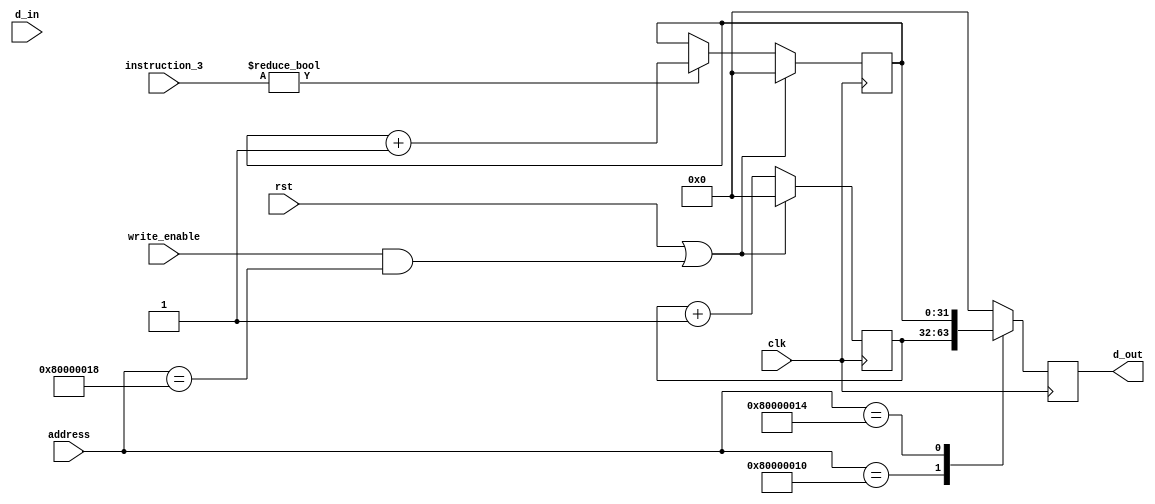
module cycle_counter(
	input clk,
	input rst,
	input [31:0] instruction_3,
	input [31:0] address,
	input write_enable,
	input [31:0] d_in,
	output [31:0] d_out

	);


	reg [31:0] cycle_count;
	reg [31:0] instruction_count;

	always @(posedge clk) begin
		if (rst | (write_enable & (address == 32'h80000018))) begin
			// reset
			cycle_count <= 0;
			instruction_count <= 0;
		end
		else begin
			cycle_count <= cycle_count + 1;
			if (instruction_3 != 32'b0) begin
				instruction_count <= instruction_count + 1;
			end
		end
	end

	reg [31:0] d_out_reg;
	assign d_out = d_out_reg;

	always @(posedge clk) begin
		case(address)
			32'h80000010: d_out_reg <= cycle_count;
			32'h80000014: d_out_reg <= instruction_count;
			default: d_out_reg <= 0;
		endcase
	end


endmodule